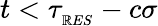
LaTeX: t<\tau_{_{\mathbb{R}ES}}-c\sigma